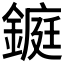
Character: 𨫆